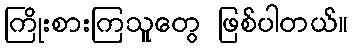
ကြိုးစားကြသူတွေ ဖြစ်ပါတယ်။